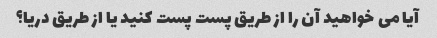
آیا می خواهید آن را از طریق پست پست کنید یا از طریق دریا؟